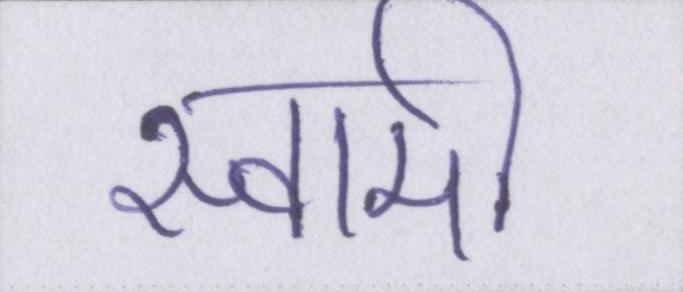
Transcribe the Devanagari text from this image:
स्वामी